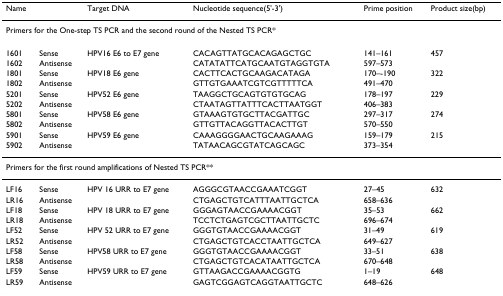
<table><thead><tr><td><b>Name</b></td><td></td><td><b>Target DNA</b></td><td><b>Nucleotide sequence(5&#x27;-3&#x27;)</b></td><td><b>Prime position</b></td><td><b>Product size(bp)</b></td></tr></thead><tbody><tr><td colspan="6">Primers for the One-step TS PCR and the second round of the Nested TS PCR*</td></tr><tr><td>1601</td><td>Sense</td><td>HPV16 E6 to E7 gene</td><td>CACAGTTATGCACAGAGCTGC</td><td>141–161</td><td>457</td></tr><tr><td>1602</td><td>Antisense</td><td></td><td>CATATATTCATGCAATGTAGGTGTA</td><td>597–573</td><td></td></tr><tr><td>1801</td><td>Sense</td><td>HPV18 E6 gene</td><td>CACTTCACTGCAAGACATAGA</td><td>170–-190</td><td>322</td></tr><tr><td>1802</td><td>Antisense</td><td></td><td>GTTGTGAAATCGTCGTTTTTCA</td><td>491–470</td><td></td></tr><tr><td>5201</td><td>Sense</td><td>HPV52 E6 gene</td><td>TAAGGCTGCAGTGTGTGCAG</td><td>178–197</td><td>229</td></tr><tr><td>5202</td><td>Antisense</td><td></td><td>CTAATAGTTATTTCACTTAATGGT</td><td>406–383</td><td></td></tr><tr><td>5801</td><td>Sense</td><td>HPV58 E6 gene</td><td>GTAAAGTGTGCTTACGATTGC</td><td>297–317</td><td>274</td></tr><tr><td>5802</td><td>Antisense</td><td></td><td>GTTGTTACAGGTTACACTTGT</td><td>570–550</td><td></td></tr><tr><td>5901</td><td>Sense</td><td>HPV59 E6 gene</td><td>CAAAGGGGAACTGCAAGAAAG</td><td>159–179</td><td>215</td></tr><tr><td>5902</td><td>Antisense</td><td></td><td>TATAACAGCGTATCAGCAGC</td><td>373–354</td><td></td></tr><tr><td colspan="6">Primers for the first round amplifications of Nested TS PCR**</td></tr><tr><td>LF16</td><td>Sense</td><td>HPV 16 URR to E7 gene</td><td>AGGGCGTAACCGAAATCGGT</td><td>27–45</td><td>632</td></tr><tr><td>LR16</td><td>Antisense</td><td></td><td>CTGAGCTGTCATTTAATTGCTCA</td><td>658–636</td><td></td></tr><tr><td>LF18</td><td>Sense</td><td>HPV 18 URR to E7 gene</td><td>GGGAGTAACCGAAAACGGT</td><td>35–53</td><td>662</td></tr><tr><td>LR18</td><td>Antisense</td><td></td><td>TCCTCTGAGTCGCTTAATTGCTC</td><td>696–674</td><td></td></tr><tr><td>LF52</td><td>Sense</td><td>HPV 52 URR to E7 gene</td><td>GGGTGTAACCGAAAACGGT</td><td>31–49</td><td>619</td></tr><tr><td>LR52</td><td>Antisense</td><td></td><td>CTGAGCTGTCACCTAATTGCTCA</td><td>649–627</td><td></td></tr><tr><td>LF58</td><td>Sense</td><td>HPV58 URR to E7 gene</td><td>GGGTGTAACCGAAAACGGT</td><td>33–51</td><td>638</td></tr><tr><td>LR58</td><td>Antisense</td><td></td><td>CTGAGCTGTCACATAATTGCTCA</td><td>670–648</td><td></td></tr><tr><td>LF59</td><td>Sense</td><td>HPV59 URR to E7 gene</td><td>GTTAAGACCGAAAACGGTG</td><td>1–19</td><td>648</td></tr><tr><td>LR59</td><td>Antisense</td><td></td><td>GAGTCGGAGTCAGGTAATTGCTC</td><td>648–626</td><td></td></tr></tbody></table>